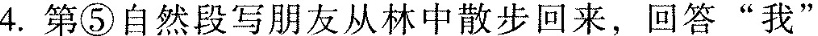
4.第⑤自然段写朋友从林中散步回来，回答“我”